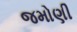
જમોણી